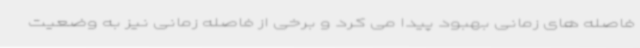
فاصله های زمانی بهبود پیدا می کرد و برخی از فاصله زمانی نیز به وضعیت